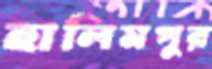
হালিমপুর